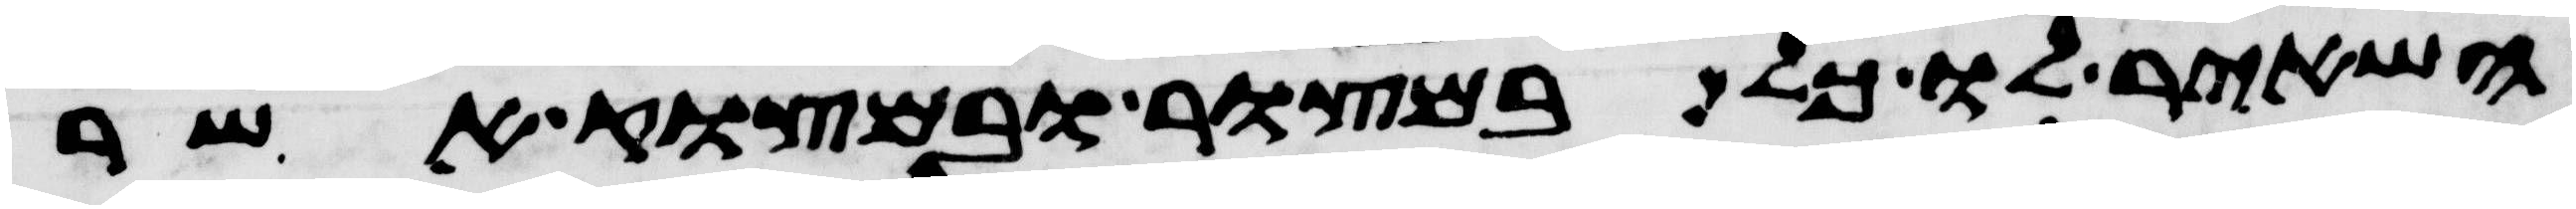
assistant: השאיר לו כל במצור ובמצוק אשר